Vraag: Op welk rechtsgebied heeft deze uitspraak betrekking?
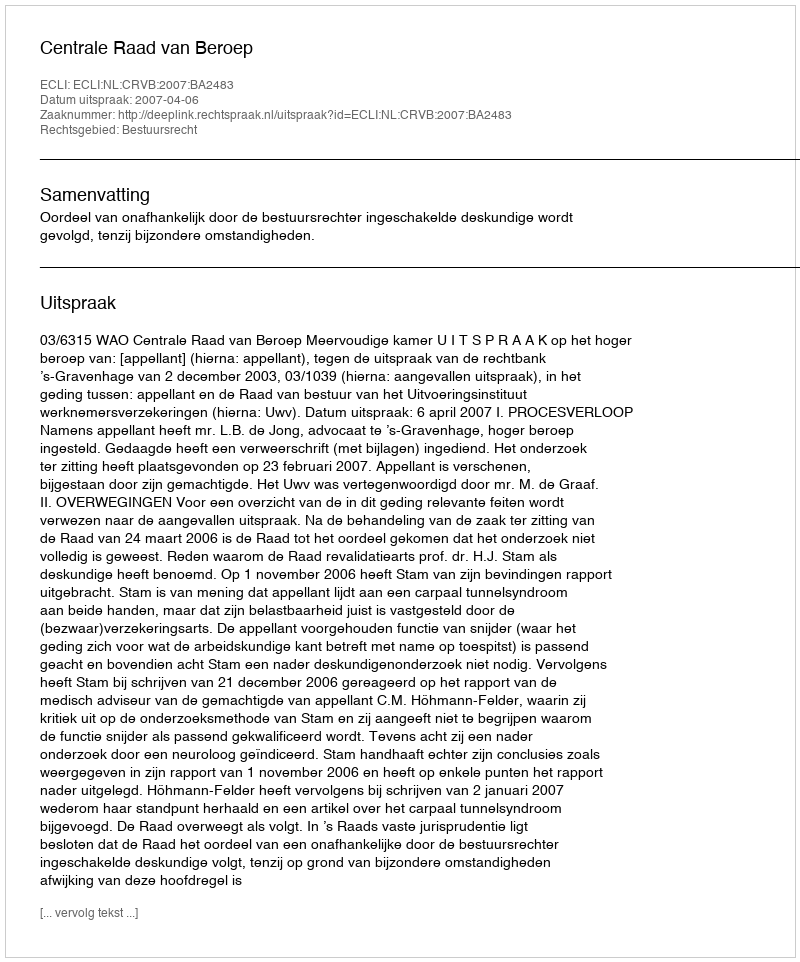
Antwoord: Bestuursrecht